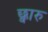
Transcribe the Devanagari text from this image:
छ्वारु